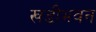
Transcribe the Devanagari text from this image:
खडीभवन